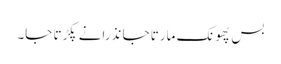
بس پھونک مارتا جا نذرانے پکڑتا جا۔